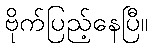
ဗိုက်ပြည့်နေပြီ။